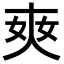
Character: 𡘘